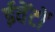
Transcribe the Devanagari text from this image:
ईवेंटों